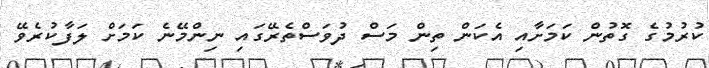
ކުރުމުގެ ގޮތުން ކަމަށާއި އެކަން ތިން މަސް ދުވަސްތެރޭގައި ނިންމޭނެ ކަމަށް ލަފާކުރެވޭ